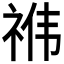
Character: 𮵜